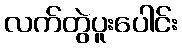
လက်တွဲပူးပေါင်း